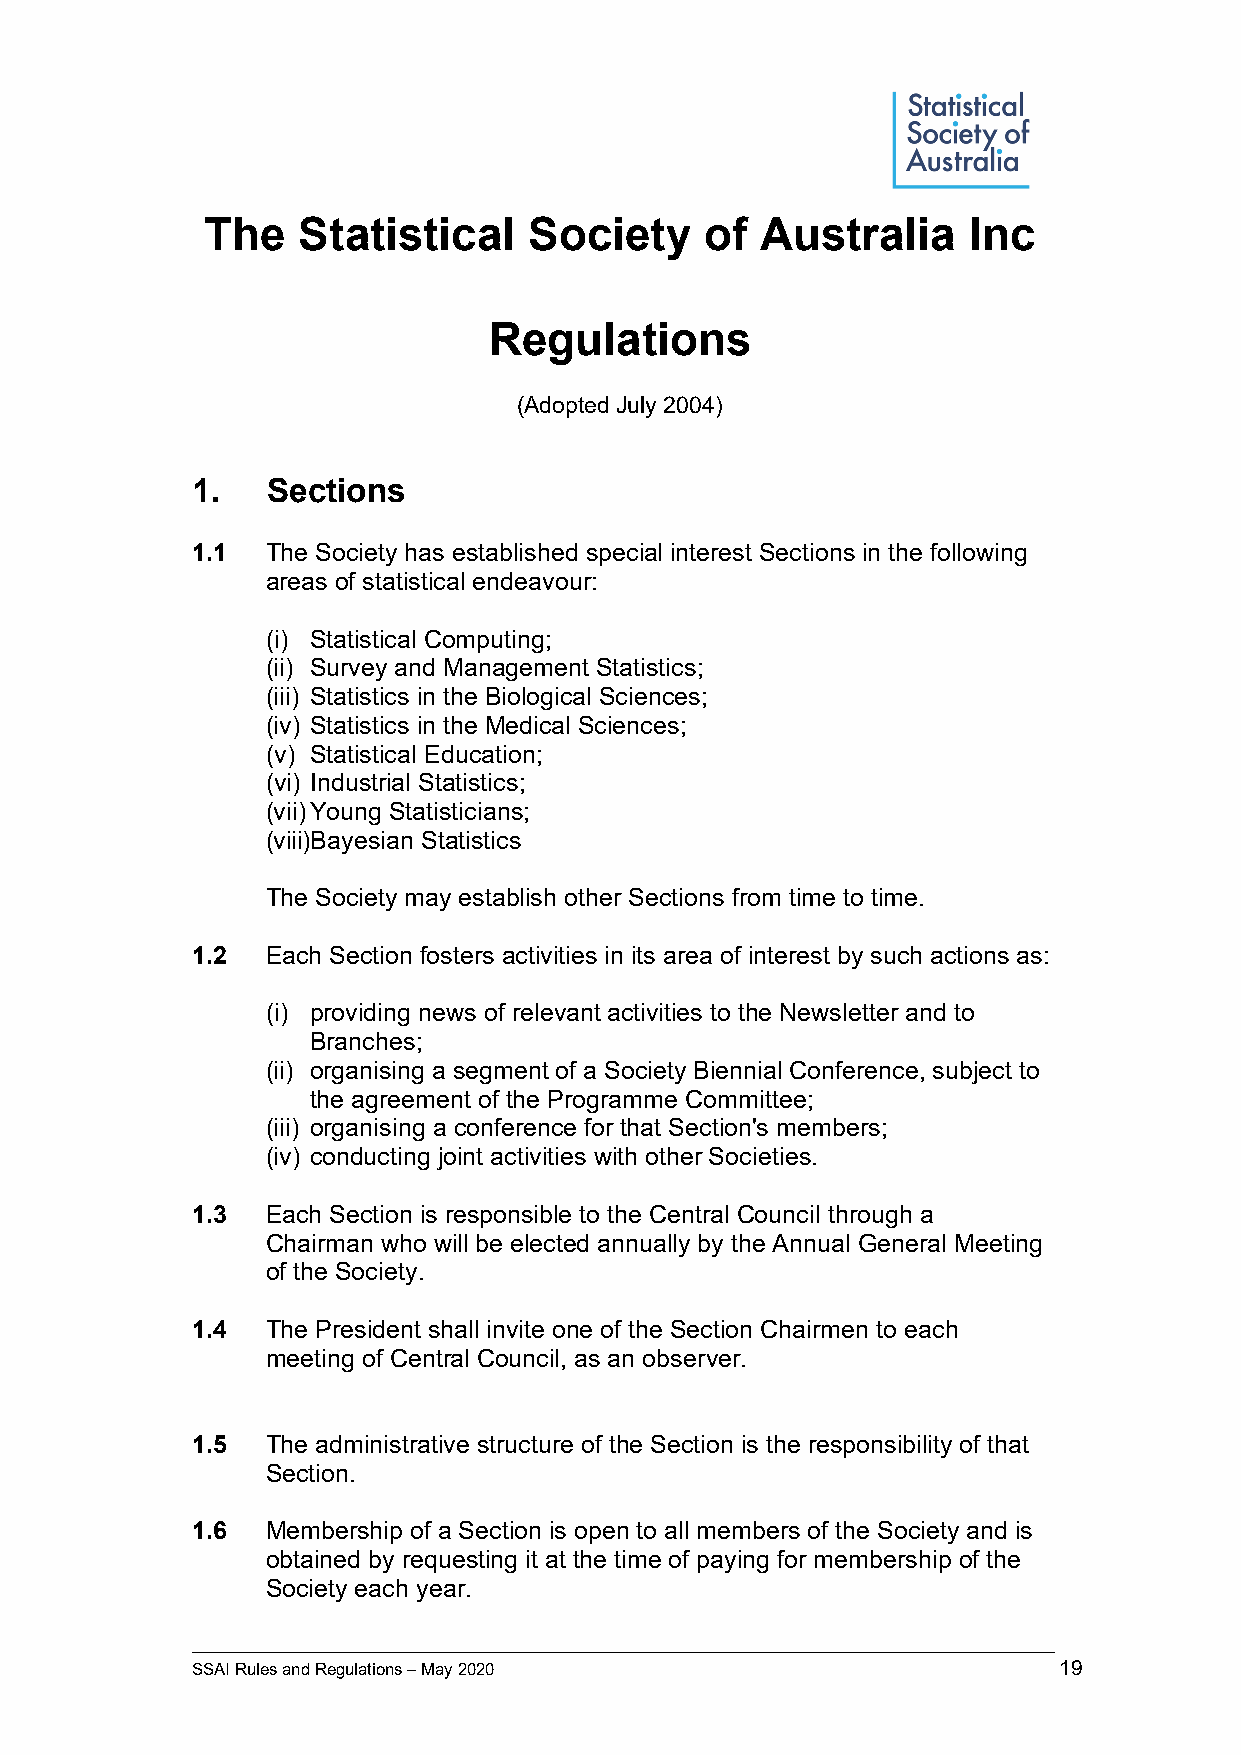
The   Statistical    Society     of Australia     Inc
 Regulations
 (Adopted July 2004)
 1.   Sections
 1.1  The Society has established special interest Sections in the following
 areas of statistical endeavour:
 (i) Statistical Computing;
 (ii) Survey and Management Statistics;
 (iii) Statistics in the Biological Sciences;
 (iv) Statistics in the Medical Sciences;
 (v) Statistical Education;
 (vi) Industrial Statistics;
 (vii) Young Statisticians;
 (viii)Bayesian Statistics
 The Society may establish other Sections from time to time.
 1.2  Each Section fosters activities in its area of interest by such actions as:
 (i) providing news of relevant activities to the Newsletter and to
 Branches;
 (ii) organising a segment of a Society Biennial Conference, subject to
 the agreement of the Programme Committee;
 (iii) organising a conference for that Section's members;
 (iv) conducting joint activities with other Societies.
 1.3  Each Section is responsible to the Central Council through a
 Chairman who will be elected annually by the Annual General Meeting
 of the Society.
 1.4  The President shall invite one of the Section Chairmen to each
 meeting of Central Council, as an observer.
 1.5  The administrative structure of the Section is the responsibility of that
 Section.
 1.6  Membership of a Section is open to all members of the Society and is
 obtained by requesting it at the time of paying for membership of the
 Society each year.
 _____________________________________________________________________________________________
 SSAI Rules and Regulations – May 2020                    19